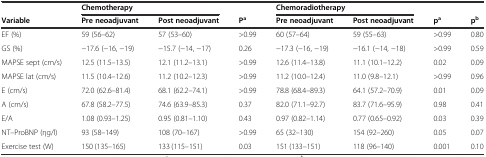
<table><thead><tr><td></td><td colspan="2"><b>Chemotherapy</b></td><td></td><td colspan="2"><b>Chemoradiotherapy</b></td><td></td><td></td></tr><tr><td><b>Variable</b></td><td><b>Pre neoadjuvant</b></td><td><b>Post neoadjuvant</b></td><td><b>P<sup>a</sup></b></td><td><b>Pre neoadjuvant</b></td><td><b>Post neoadjuvant</b></td><td><b>p<sup>a</sup></b></td><td><b>p<sup>b</sup></b></td></tr></thead><tbody><tr><td>EF (%)</td><td>59 (56–62)</td><td>57 (53–60)</td><td>&gt;0.99</td><td>60 (57–64)</td><td>59 (55–63)</td><td>&gt;0.99</td><td>0.80</td></tr><tr><td>GS (%)</td><td>−17.6 (−16, −19)</td><td>−15.7 (−14, −17)</td><td>0.26</td><td>−17.3 (−16, −19)</td><td>−16.1 (−14, −18)</td><td>&gt;0.99</td><td>0.59</td></tr><tr><td>MAPSE sept (cm/s)</td><td>12.5 (11.5–13.5)</td><td>12.1 (11.2–13.1)</td><td>&gt;0.99</td><td>12.6 (11.4–13.8)</td><td>11.1 (10.1–12.2)</td><td>0.02</td><td>0.09</td></tr><tr><td>MAPSE lat (cm/s)</td><td>11.5 (10.4–12.6)</td><td>11.2 (10.2–12.3)</td><td>&gt;0.99</td><td>11.2 (10.0–12.4)</td><td>11.0 (9.8–12.1)</td><td>&gt;0.99</td><td>0.96</td></tr><tr><td>E (cm/s)</td><td>72.0 (62.6–81.4)</td><td>68.1 (62.2–74.1)</td><td>&gt;0.99</td><td>78.8 (68.4–89.3)</td><td>64.1 (57.2–70.9)</td><td>0.01</td><td>0.09</td></tr><tr><td>A (cm/s)</td><td>67.8 (58.2–77.5)</td><td>74.6 (63.9–85.3)</td><td>0.37</td><td>82.0 (71.1–92.7)</td><td>83.7 (71.6–95.9)</td><td>0.98</td><td>0.41</td></tr><tr><td>E/A</td><td>1.08 (0.93–1.25)</td><td>0.95 (0.81–1.10)</td><td>0.43</td><td>0.97 (0.82–1.14)</td><td>0.77 (0.65–0.92)</td><td>0.03</td><td>0.39</td></tr><tr><td>NT–ProBNP (ηg/l)</td><td>93 (58–149)</td><td>108 (70–167)</td><td>&gt;0.99</td><td>65 (32–130)</td><td>154 (92–260)</td><td>0.05</td><td>0.07</td></tr><tr><td>Exercise test (W)</td><td>150 (135–165)</td><td>133 (115–151)</td><td>0.03</td><td>151 (133–151)</td><td>118 (96–140)</td><td>0.001</td><td>0.10</td></tr></tbody></table>